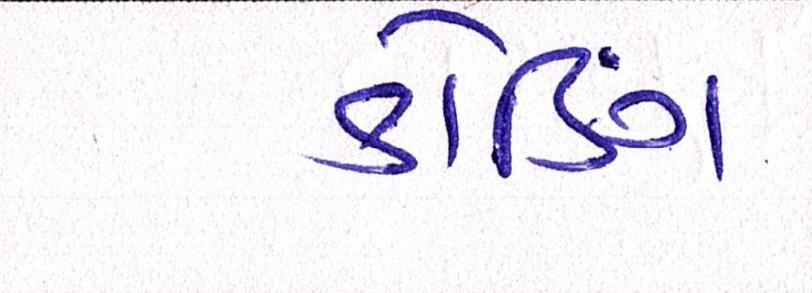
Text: કોડિંગ